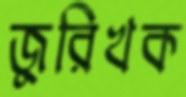
জুরিখক